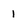
Character: 1